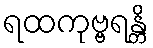
ရထကုဗ္ဗရန္တိ